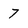
Character: 7